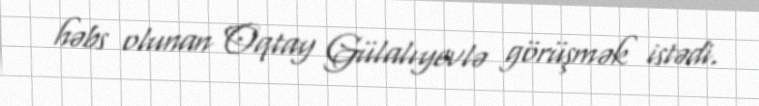
həbs olunan Oqtay Gülalıyevlə görüşmək istədi.